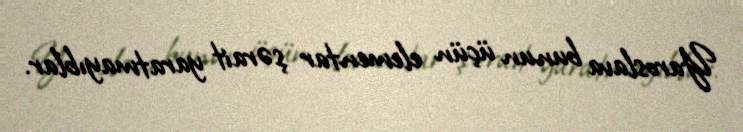
Yaroslava bunun üçün elementar şərait yaratmayıblar.